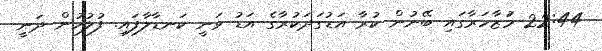
22:44 މުަޒާހަރާގައި ބޭނުން ކުރާ އަޑުގަދަކުރާގެ އަޑު ވަނީ ކަނޑާލާފައި. ފުލުހުން ދަނީ